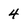
Character: 4